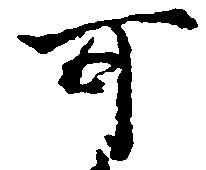
可